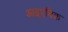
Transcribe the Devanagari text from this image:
आइएंबिक